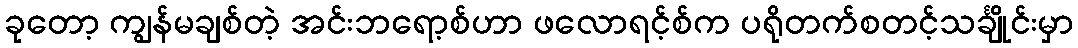
ခုတော့ ကျွန်မချစ်တဲ့ အင်းဘရော့စ်ဟာ ဖလောရင့်စ်က ပရိုတက်စတင့်သင်္ချိုင်းမှာ